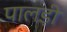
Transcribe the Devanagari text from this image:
पालड़ी